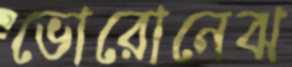
ভোরোনেঝ